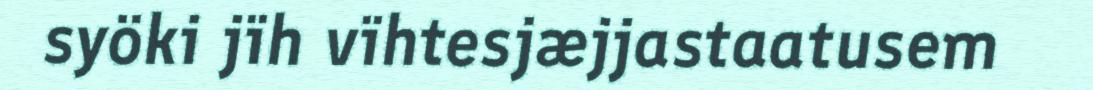
syöki jïh vïhtesjæjjastaatusem